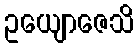
ဥယျောဇေသိ